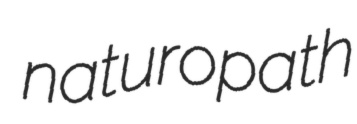
naturopath